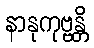
နာနုကုဗ္ဗန္တိ